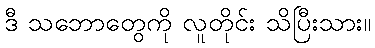
ဒီ သဘောတွေကို လူတိုင်း သိပြီးသား။